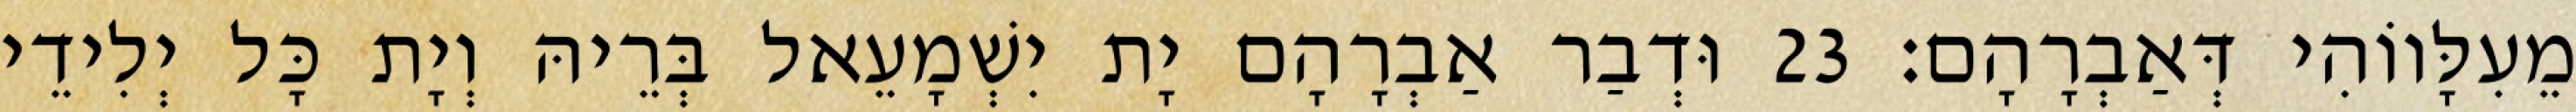
מֵעִלָּווֹהִי דְּאַבְרָהָם׃ 23 וּדְבַר אַבְרָהָם יָת יִשְׁמָעֵאל בְּרֵיהּ וְיָת כָּל יְלִידֵי